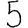
Digit: 5